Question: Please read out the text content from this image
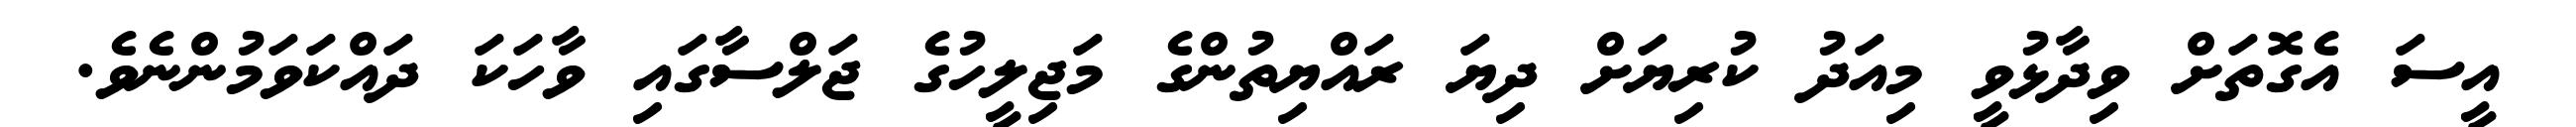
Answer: އީސަ އެގޮތަށް ވިދާޅުވީ މިއަދު ކުރިޔަށް ދިޔަ ރައްޔިތުންގެ މަޖިލީހުގެ ޖަލްސާގައި ވާހަކަ ދައްކަވަމުންނެވެ.